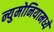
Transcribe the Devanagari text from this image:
न्युमोनियामध्ये